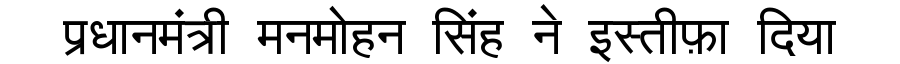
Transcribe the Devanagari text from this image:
प्रधानमंत्री मनमोहन सिंह ने इस्तीफ़ा दिया